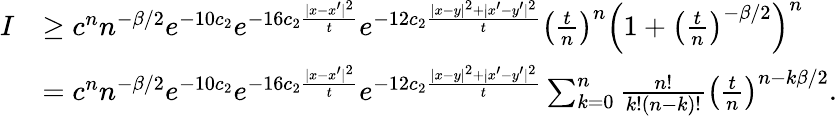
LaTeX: \begin{array}{rl}{I}&{\ge c^{n}n^{-\beta/2}e^{-10c_{2}}e^{-16c_{2}\frac{|x-x^{\prime}|^{2}}{t}}e^{-12c_{2}\frac{|x-y|^{2}+|x^{\prime}-y^{\prime}|^{2}}{t}}\left(\frac tn\right)^{n}\left(1+\left(\frac{t}{n}\right)^{-\beta/2}\right)^{n}}\\ &{=c^{n}n^{-\beta/2}e^{-10c_{2}}e^{-16c_{2}\frac{|x-x^{\prime}|^{2}}{t}}e^{-12c_{2}\frac{|x-y|^{2}+|x^{\prime}-y^{\prime}|^{2}}{t}}\sum_{k=0}^{n}\frac{n!}{k!(n-k)!}\left(\frac tn\right)^{n-k\beta/2}.}\end{array}